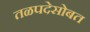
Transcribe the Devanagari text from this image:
तळपदेसोबत